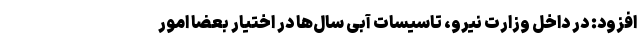
افزود: در داخل وزارت نیرو، تاسیسات آبی سال‌ها در اختیار بعضا امور